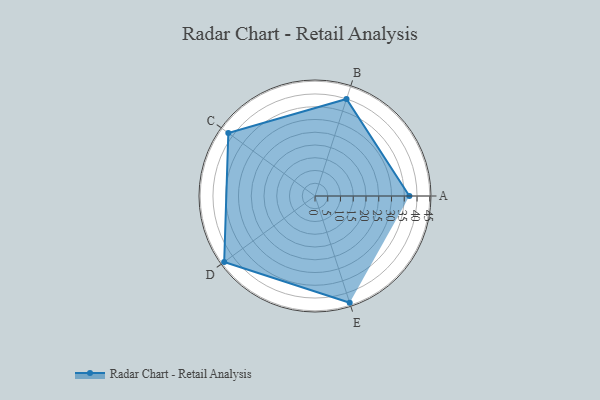
{"axis": {"x": "Skill", "y": "Score"}, "legend": ["Profile"], "data": [{"x": "A", "y": 37.0, "type": "Profile"}, {"x": "B", "y": 40.0, "type": "Profile"}, {"x": "C", "y": 42.0, "type": "Profile"}, {"x": "D", "y": 44.0, "type": "Profile"}, {"x": "E", "y": 44.0, "type": "Profile"}]}